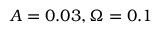
A = 0 . 0 3 , \Omega = 0 . 1